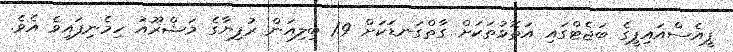
ޕީއެސްއައިޕީގެ ބަޖެޓްގައި އަތޮޅުތަކަށް ގާތްގަނޑަކަށް 1.9 ބިލިއަން ރުފިޔާގެ މަޝްރޫއު ހިމެނިފައިވެ އެވެ.